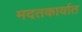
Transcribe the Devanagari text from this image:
मदतकार्यात